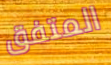
المتفق